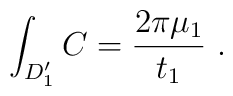
\int_{D_1^{\prime}}C={2\pi\mu_1\over t_1} \ .